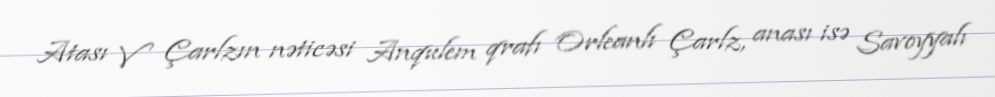
Atası V Çarlzın nəticəsi Anqulem qrafı Orleanlı Çarlz, anası isə Savoyyalı